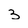
Character: 3